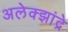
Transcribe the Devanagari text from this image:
अलेक्झांद्रे